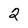
Character: 2